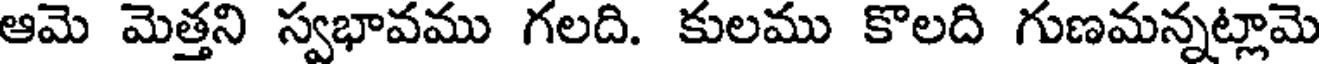
ఆమె మెత్తని స్వభావము గలది. కులము కొలది గుణమన్నట్లామె